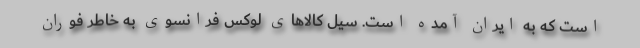
است که به ایران آمده است. سیل کالاهای لوکس فرانسوی به خاطر فوران